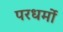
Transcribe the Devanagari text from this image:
परधर्मो